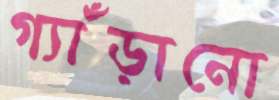
গ্যাঁড়ানো